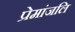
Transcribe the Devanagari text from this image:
प्रेमांजलि